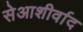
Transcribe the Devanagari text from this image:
सेआशीर्वाद